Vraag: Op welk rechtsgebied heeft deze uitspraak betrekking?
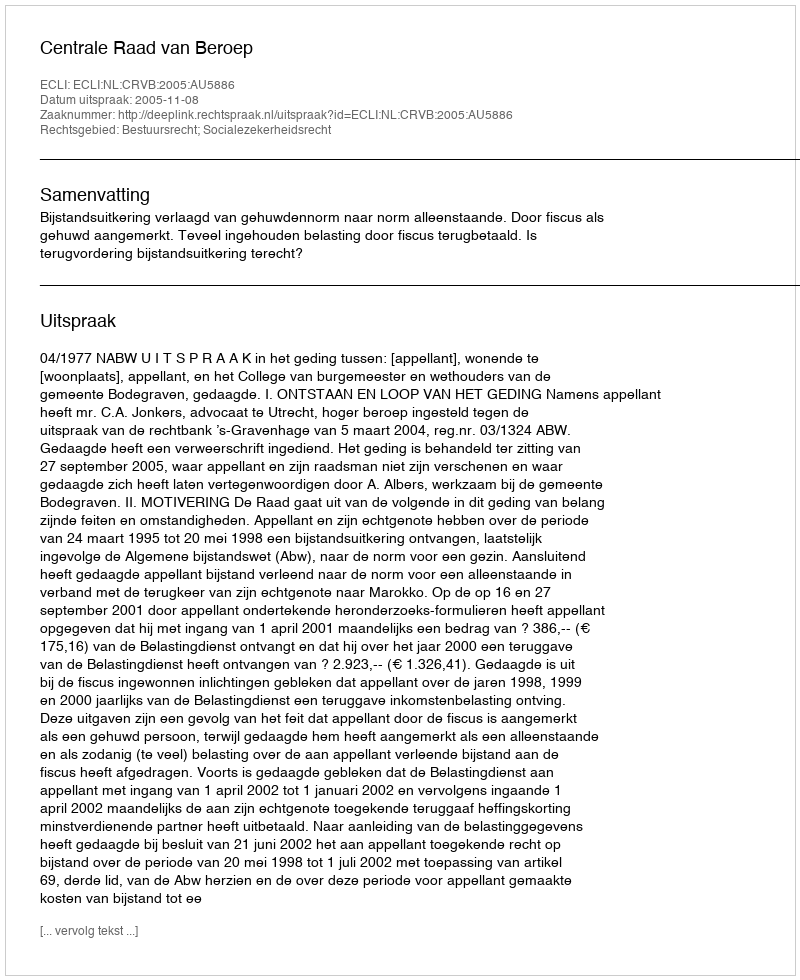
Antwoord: Bestuursrecht; Socialezekerheidsrecht